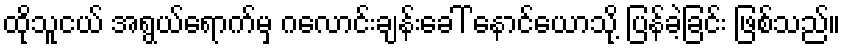
ထိုသူငယ် အရွယ်ရောက်မှ ဂလောင်းချန်းခေါ် နောင်ယောသို့ ပြန်ခဲ့ခြင်း ဖြစ်သည်။